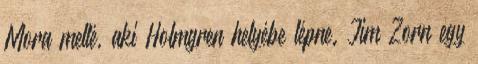
Mora mellé, aki Holmgren helyébe lépne. Jim Zorn egy